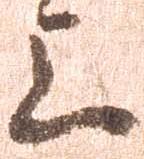
上